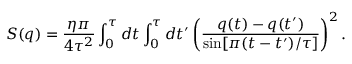
S ( q ) = \frac { \eta \pi } { 4 \tau ^ { 2 } } \int _ { 0 } ^ { \tau } d t \int _ { 0 } ^ { \tau } d t ^ { \prime } \left( \frac { q ( t ) - q ( t ^ { \prime } ) } { \sin [ \pi ( t - t ^ { \prime } ) / \tau ] } \right) ^ { 2 } .